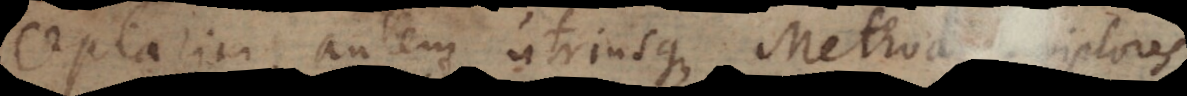
Optarim autem utriusque Methodi scriptores